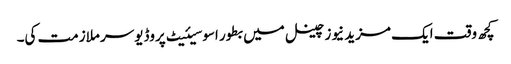
کچھ وقت ایک مزید نیوز چینل میں بطور اسوسیئیٹ پروڈیوسر ملازمت کی۔